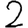
Digit: 2